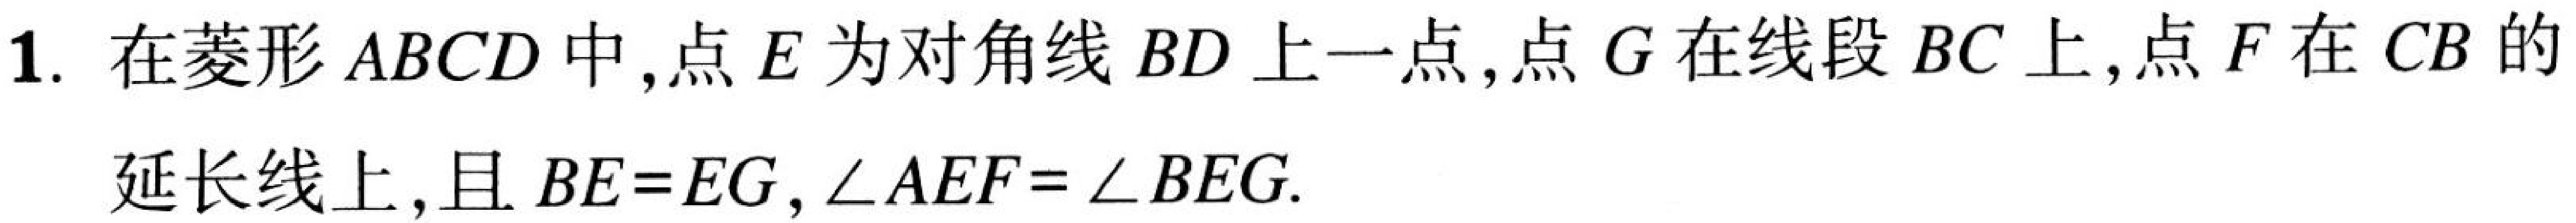
1. 在菱形 \(ABCD\) 中，点 \(E\) 为对角线 \(BD\) 上一点，点 \(G\) 在线段 \(BC\) 上，点 \(F\) 在 \(CB\) 的
延长线上，且 \(BE = EG\)，\(\angle AEF=\angle BEG\).